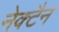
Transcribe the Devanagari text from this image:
नेक्टैन